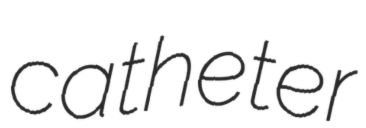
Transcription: catheter